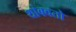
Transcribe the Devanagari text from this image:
थांबवतो